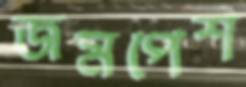
জমপেশ